Plague in India, 1896, 1897 - Volume 2
Year: 1896
Disease focus: Plague
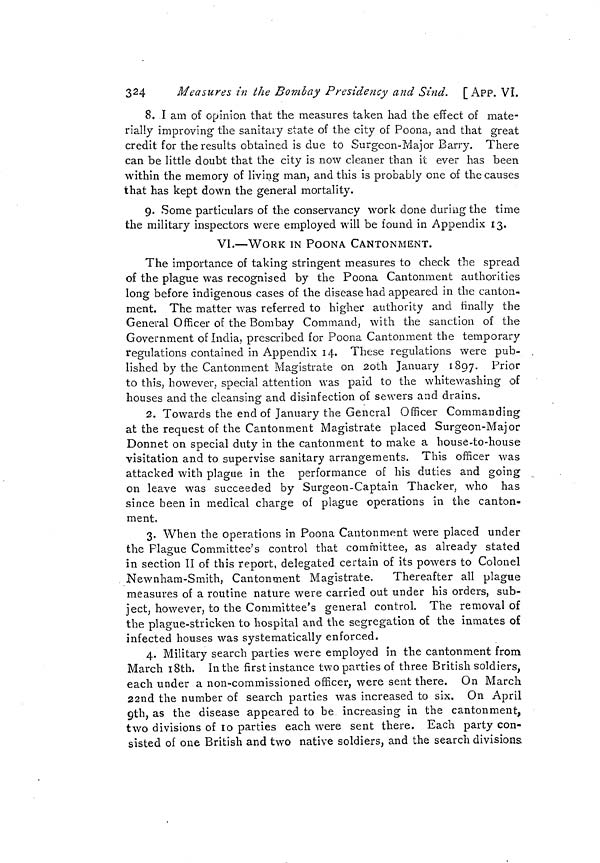
324
Measures in the Bombay Presidency and Sind. [APP. Vï.
8. I am of opinion that the measures taken had the effect of mate-
rially improving the sanitary state of the city of Poona, and that great
credit for the results obtained is clue to Surgeon-Major Barry. There
can be little doubt that the city is now cleaner than it ever has been
within the memory of living man, and this is probably one of the causes
that has kept down the general mortality.
9. Some particulars of the conservancy work clone during the time
the military inspectors were employed will be found in Appendix 13.
VI.—WORK IN POONA CANTONMENT.
The importance of taking stringent measures to check the spread
of the plague was recognised by the Poona Cantonment authorities
long before indigenous cases of the disease had appeared in the canton-
ment. The matter was referred to higher authority and finally the
General Officer of the Bombay Command, with the sanction of the
Government of India, prescribed for Poona Cantonment the temporary
regulations contained in Appendix 14. These regulations were pub-
lished by the Cantonment Magistrate on 20th January 1897. Prior
to this, however, special attention was paid to the whitewashing of
houses and the cleansing and disinfection of sewers and drains.
2. Towards the end of January the General Officer Commanding
at the request of the Cantonment Magistrate placed Surgeon-Major
Donnet on special duty in the cantonment to make a house-to-house
visitation and to supervise sanitary arrangements. This officer was
attacked with plague in the performance of his duties and going
on leave was succeeded by Surgeon-Captain Thacker, who has
since been in medical charge of plague operations in the canton-
ment.
3. When the operations in Poona Cantonment were placed under
the Plague Committee's control that committee, as already stated
in section II of this report, delegated certain of its powers to Colonel
Newnham-Smith, Cantonment Magistrate.
Thereafter all plague
measures of a routine nature were carried out under his orders, sub-
ject, however, to the Committee's general control. The removal of
the plague-stricken to hospital and the segregation of the inmates of
infected houses was systematically enforced.
4. Military search parties were employed in the cantonment from
March 18th. In the first instance two parties of three British soldiers,
each under a non-commissioned officer, were sent there. On March
22nd the number of search parties was increased to six. On April
9th, as the disease appeared to be increasing in the cantonment,
two divisions of 10 parties each were sent there. Each party con-
sisted of one British and two native soldiers, and the search divisions